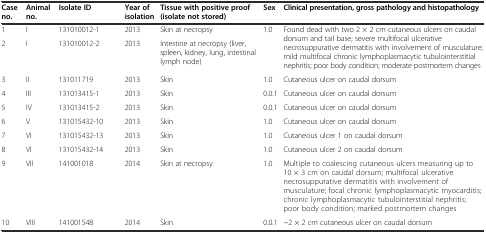
| Case no. | Animal no. | Isolate ID | Year of isolation | Tissue with positive proof (isolate not stored) | Sex | Clinical presentation, gross pathology and histopathology |
 | --- | --- | --- | --- | --- | --- | --- |
 | 1 | I | 131010012-1 | 2013 | Skin at necropsy | 1.0 | <ROWSPAN=2> Found dead with two 2 × 2 cm cutaneous ulcers on caudal dorsum and tail base; severe multifocal ulcerative necrosuppurative dermatitis with involvement of musculature; mild multifocal chronic lymphoplasmacytic tubulointerstitial nephritis; poor body condition; moderate postmortem changes |
 | 2 | I | 131010012-2 | 2013 | Intestine at necropsy (liver, spleen, kidney, lung, intestinal lymph node) |  |
 | 3 | II | 131011719 | 2013 | Skin | 1.0 | Cutaneous ulcer on caudal dorsum |
 | 4 | III | 131013415-1 | 2013 | Skin | 0.0.1 | Cutaneous ulcer on caudal dorsum |
 | 5 | IV | 131013415-2 | 2013 | Skin | 0.0.1 | Cutaneous ulcer on caudal dorsum |
 | 6 | V | 131015432-10 | 2013 | Skin | 1.0 | Cutaneous ulcer on caudal dorsum |
 | 7 | VI | 131015432-13 | 2013 | Skin | 1.0 | Cutaneous ulcer 1 on caudal dorsum |
 | 8 | VI | 131015432-14 | 2013 | Skin | 1.0 | Cutaneous ulcer 2 on caudal dorsum |
 | 9 | VII | 141001018 | 2014 | Skin at necropsy | 1.0 | Multiple to coalescing cutaneous ulcers measuring up to 10 × 3 cm on caudal dorsum; multifocal ulcerative necrosuppurative dermatitis with involvement of musculature; focal chronic lymphoplasmacytic myocarditis; chronic lymphoplasmacytic tubulointerstitial nephritis; poor body condition; marked postmortem changes |
 | 10 | VIII | 141001548 | 2014 | Skin | 0.0.1 | ~2 × 2 cm cutaneous ulcer on caudal dorsum |